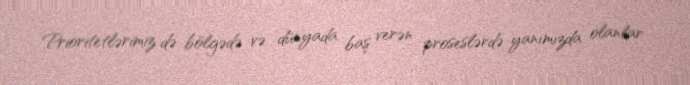
Prioritetlərimiz də bölgədə və dünyada baş verən proseslərdə yanımızda olanlar